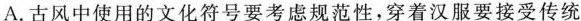
A.古风中使用的文化符号要考虑规范性，穿着汉服要接受传统